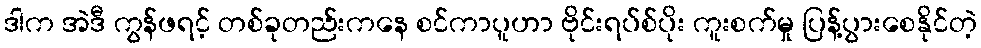
ဒါက အဲဒီ ကွန်ဖရင့် တစ်ခုတည်းကနေ စင်ကာပူဟာ ဗိုင်းရပ်စ်ပိုး ကူးစက်မှု ပြန့်ပွားစေနိုင်တဲ့